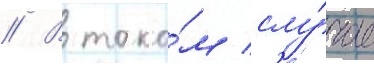
// В тако́м слу́чае